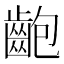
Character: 齙